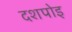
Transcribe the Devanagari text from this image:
दशपोइ